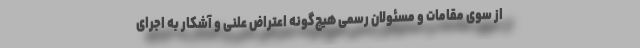
از سوی مقامات و ‌مسئولان رسمی هیچ‌گونه اعتراض علنی و آشکار به اجرای